Plague in India, 1896, 1897 - Volume 1
Year: 1896
Disease focus: Plague
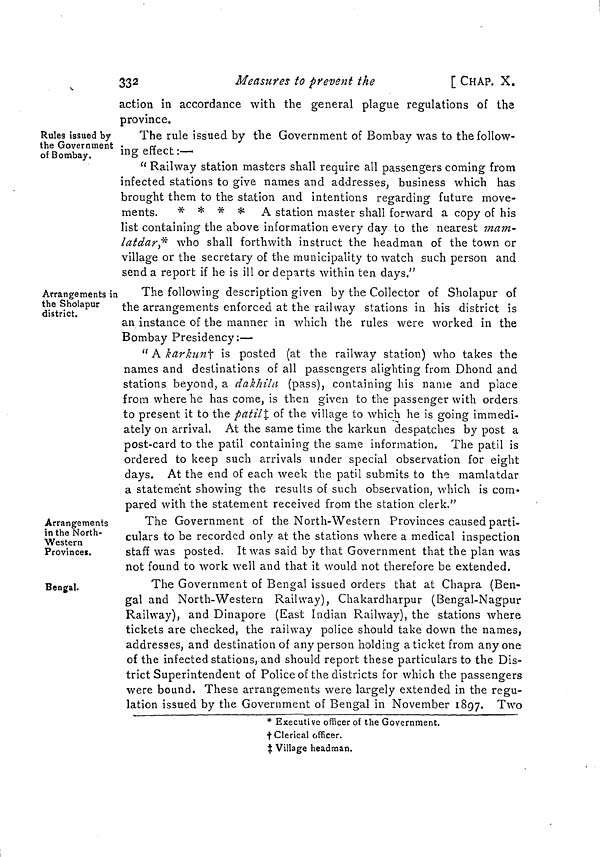
332
Measures to prevent the
[ CHAP. X.
action in accordance with the general plague regulations of the
province.
Rules issued by
the Government
of Bombay.
The rule issued by the Government of Bombay was to the follow-
ing effect :—
" Railway station masters shall require all passengers coming from
infected stations to give names and addresses, business which has
brought them to the station and intentions regarding future move-
ments.
* * * * A station master shall forward a copy of his
list containing the above information every day to the nearest mam-
latdar* who shall forthwith instruct the headman of the town or
village or the secretary of the municipality to watch such person and
send a report if he is ill or departs within ten days."
Arrangements in
the Sholapur
district.
The following description given by the Collector of Sholapur of
the arrangements enforced at the railway stations in his district is
an instance of the manner in which the rules were worked in the
Bombay Presidency:—
" A kar kun† is posted (at the railway station) who takes the
names and destinations of all passengers alighting from Dhond and
stations beyond, a dakhila (pass), containing his name and place
from where he has come, is then given to the passenger with orders
to present it to the patil‡ of the village to which he is going immedi-
ately on arrival. At the same time the karkun despatches by post a
post-card to the patil containing the same information. The patil is
ordered to keep such arrivals under special observation for eight
days. At the end of each week the patil submits to the mamlatdar
a statement showing the results of such observation, which is com-
pared with the statement received from the station clerk,"
Arrangements
in the North-
Western
Provinces.
The Government of the North-Western Provinces caused parti-
culars to be recorded only at the stations where a medical inspection
staff was posted. It was said by that Government that the plan was
not found to work well and that it would not therefore be extended.
Bengal.
The Government of Bengal issued orders that at Chapra (Ben-
gal and North-Western Railway), Chakardharpur (Bengal-Nagpur
Railway), and Dinapore (East Indian Railway), the stations where
tickets are checked, the railway police should take down the names,
addresses, and destination of any person holding a ticket from anyone
of the infected stations, and should report these particulars to the Dis-
trict Superintendent of Police of the districts for which the passengers
were bound. These arrangements were largely extended in the regu-
lation issued by the Government of Bengal in November 1897. Two
* Executive officer of the Government.
† Clerical officer.
‡ Village headman.